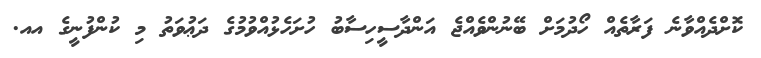
ކޮށްދެއްވާނެ ފަރާތެއް ހޯދުމަށް ބޭނުންވެއްޖެ އަންދާސީހިސާބު ހުށަހެޅުއްވުމުގެ ދަޢުވަތު މި ކުންފުނީގެ އއ.